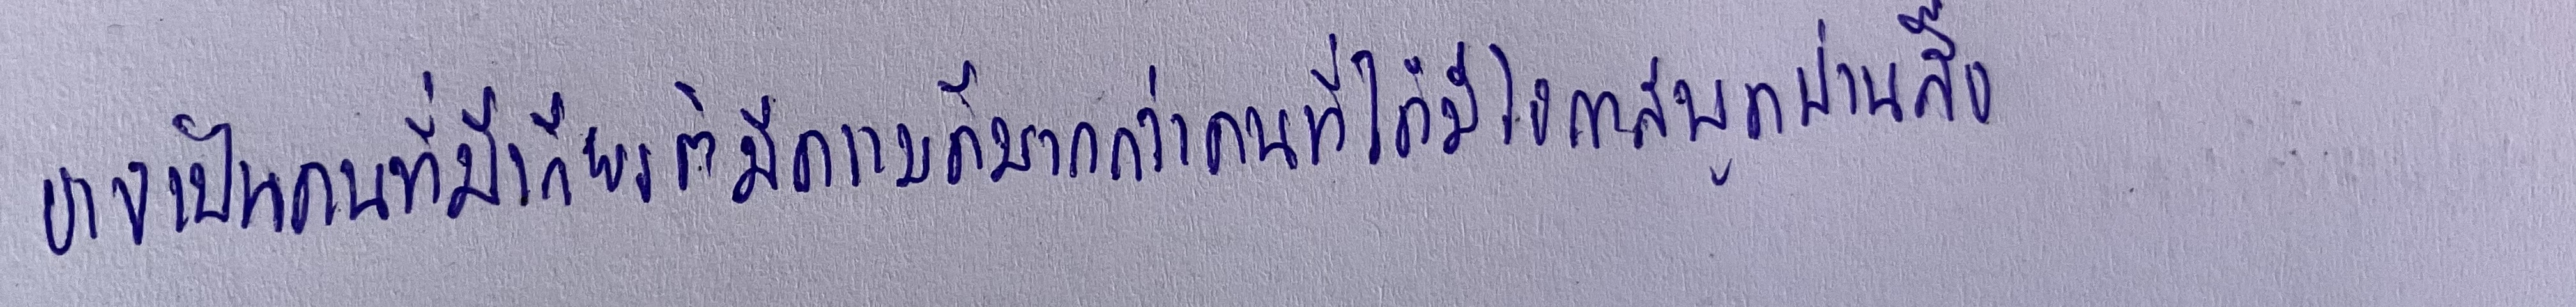
อาจเป็นคนที่มีเกียรติมีความดีมากกว่าคนที่ได้มีโอกาสพูดผ่านสื่อ